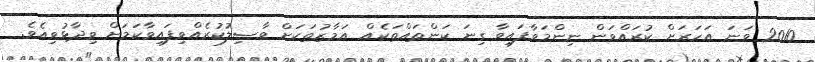
2010 ވަނަ އަހަރަށް ކުރައްވަން ނިންމަވާފައިވާ ގިނަ ކަންތައްތަކެއް އަމާޒުތަކަށް ވާޞިލުކުރެއްވިފައިވާކަމަށް ވިދާޅުވިއެވެ.